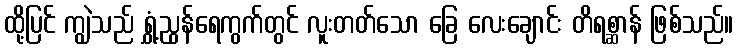
ထို့ပြင် ကျွဲသည် ရွှံ့ညွန်ရေကွက်တွင် လူးတတ်သော ခြေ လေးချောင်း တိရစ္ဆာန် ဖြစ်သည်။